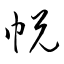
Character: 帨